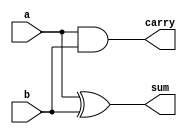
`timescale 1ns / 1ps
//////////////////////////////////////////////////////////////////////////////////
// Company: 
// Engineer: 
// 
// Design Name: 
// Module Name:    S1halfadder 
// Project Name: 
// Target Devices: 
// Tool versions: 
// Description: 
//
// Dependencies: 
//
// Revision: 
// Revision 0.01 - File Created
// Additional Comments: 
//
//////////////////////////////////////////////////////////////////////////////////
module S1halfadder(a,b,sum,carry
    );
input a,b;
output sum,carry;
wire sum,carry;
xor x1(sum,a,b);
and a1(carry,a,b);
endmodule